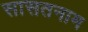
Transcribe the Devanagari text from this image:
सासतनाम